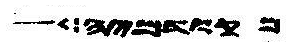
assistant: מקודמיה